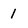
Character: 1